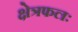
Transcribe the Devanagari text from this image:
क्षेत्रफलः